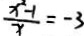
\frac { x ^ { 2 } - 1 } { x } = - 3